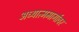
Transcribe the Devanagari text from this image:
अध्यात्ममार्गावर